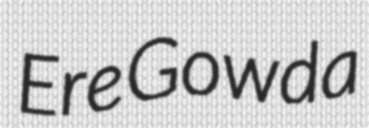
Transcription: Ere Gowda